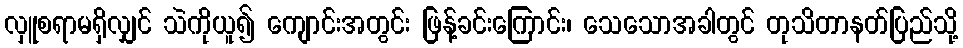
လှူစရာမရှိလျှင် သဲကိုယူ၍ ကျောင်းအတွင်း ဖြန့်ခင်းကြောင်း၊ သေသောအခါတွင် တုသိတာနတ်ပြည်သို့